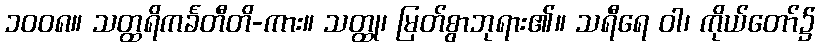
၁၀၀၈။ သတ္ထရိကင်္ခတီတိ-ကား။ သတ္ထု၊ မြတ်စွာဘုရား၏။ သရီရေ ဝါ၊ ကိုယ်တော်၌